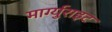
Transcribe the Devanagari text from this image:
मार्ग्युराइट